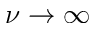
\nu \to \infty